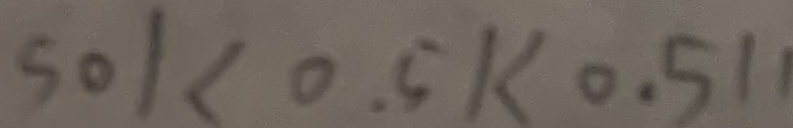
5 0 1 < 0 . 5 1 < 0 . 5 1 1